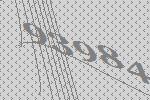
93984